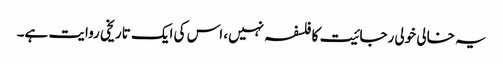
یہ خالی خولی رجائیت کا فلسفہ نہیں، اس کی ایک تاریخی روایت ہے۔